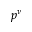
p ^ { \nu }